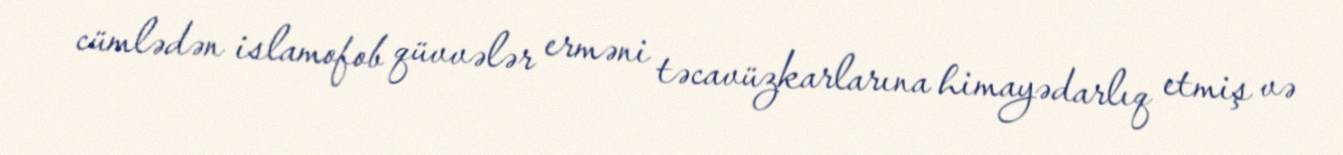
cümlədən islamofob qüvvələr erməni təcavüzkarlarına himayədarlıq etmiş və